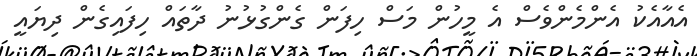
އެއާއެކު އެންމެންވެސް އެ މީހުން މަސް ހިފަން ގެންގުޅުނު ދާތައް ހިފައިގެން ދިޔައީ